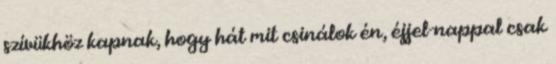
szívükhöz kapnak, hogy hát mit csinálok én, éjjel-nappal csak